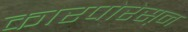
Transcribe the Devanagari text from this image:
कारपोरेस़न